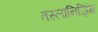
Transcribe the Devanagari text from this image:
तस्लानिज़िंग